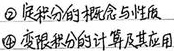
\textcircled{2}  积分的概念与性质
\textcircled{3}  变限积分的计算及其应用